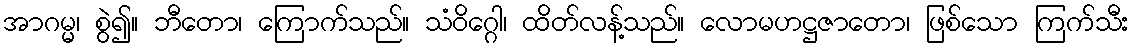
အာဂမ္မ၊ စွဲ၍။ ဘီတော၊ ကြောက်သည်။ သံဝိဂ္ဂေါ၊ ထိတ်လန့်သည်။ လောမဟဋ္ဌဇာတော၊ ဖြစ်သော ကြက်သီး